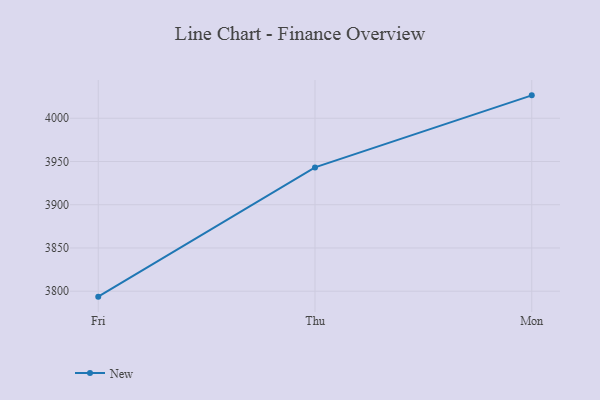
{"axis": {"x": "Day", "y": "Page Views"}, "legend": ["New"], "data": [{"x": "Fri", "y": 3793.7, "type": "New"}, {"x": "Thu", "y": 3943.2, "type": "New"}, {"x": "Mon", "y": 4026.5, "type": "New"}]}